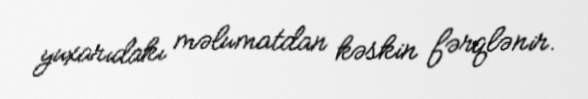
yuxarıdakı məlumatdan kəskin fərqlənir.